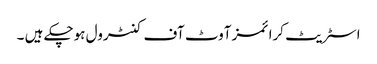
اسٹریٹ کرائمز آوٹ آف کنٹرول ہوچکے ہیں ۔